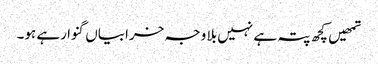
تمھیں کچھ پتہ ہے نہیں بلا وجہ خرابیاں گنوا رہے ہو۔